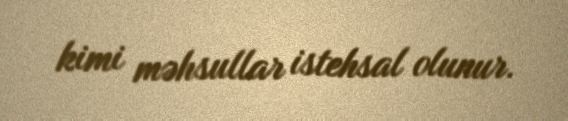
kimi məhsullar istehsal olunur.